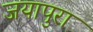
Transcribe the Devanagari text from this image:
जयापुरा